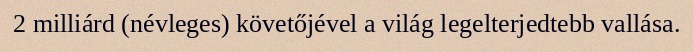
2 milliárd (névleges) követőjével a világ legelterjedtebb vallása.